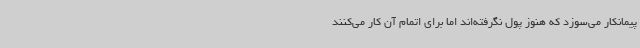
پیمانکار می‌سوزد که هنوز پول نگرفته‌اند اما برای اتمام آن کار می‌کنند